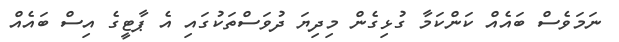
ނަމަވެސް ބައެއް ކަންކަމާ ގުޅިގެން މިދިޔަ ދުވަސްތަކުގައި އެ ޕާޓީގެ އިސް ބައެއް